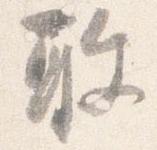
敢